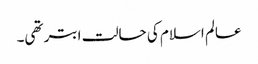
عالم اسلام کی حالت ابتر تھی۔